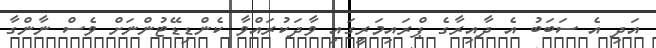
އަދި އެ ސަބަބު އެ ދާއިރާގެ ޕްރައިމަރީގައި ވާދަކުރައްވާ ކެންޑިޑޭޓުންނަށް ވެސް ނާންގާ